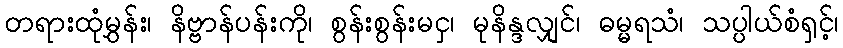
တရားထုံမွှန်း၊ နိဗ္ဗာန်ပန်းကို၊ စွန်းစွန်းမငှ၊ မုနိန္ဒလျှင်၊ ဓမ္မရသံ၊ သပ္ပါယ်စံရှင့်၊